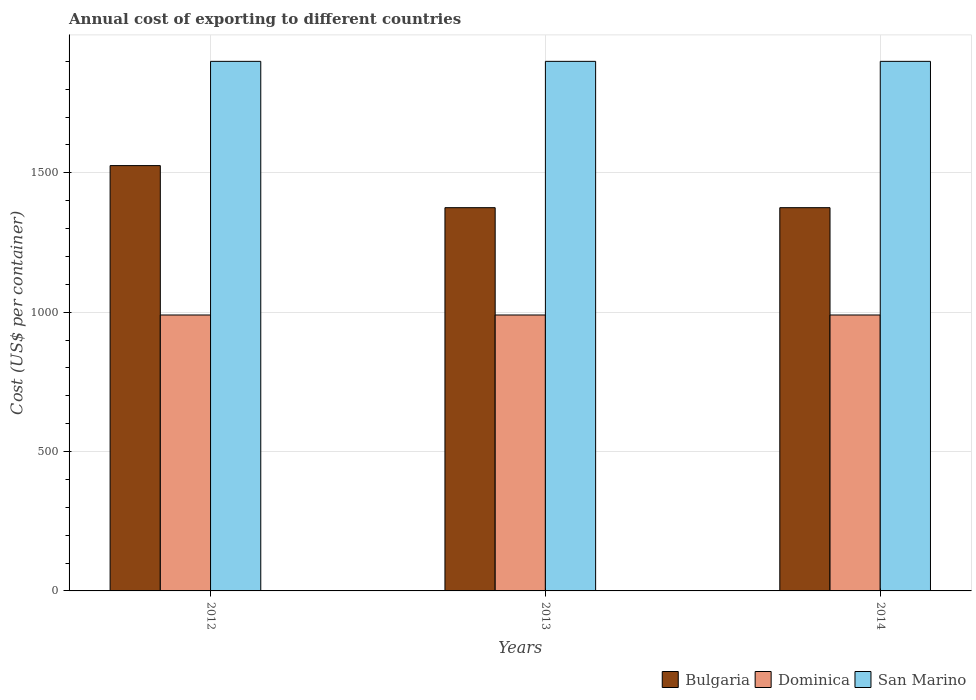
| Years | Bulgaria | Dominica | San Marino |
 | --- | --- | --- | --- |
 | 2012 | 1.53e+03 | 990 | 1.9e+03 |
 | 2013 | 1.38e+03 | 990 | 1.9e+03 |
 | 2014 | 1.38e+03 | 990 | 1.9e+03 |